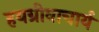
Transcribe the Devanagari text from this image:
हयग्रीवाचार्य